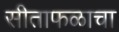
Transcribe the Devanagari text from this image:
सीताफळाचा